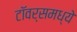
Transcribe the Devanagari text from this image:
टॉवर्समध्ये